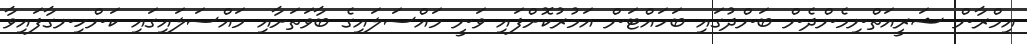
އިމްރާން ޝަރީއަތްނިމެންދެން ބަންދުގައި ބަހައްޓަން އަމުރުކޮށްފައި ވަނީ މައްސަލައިގެ ބާވަތަށާއި މައްސަލައިގައި ކަންހިނގާފައިވާ